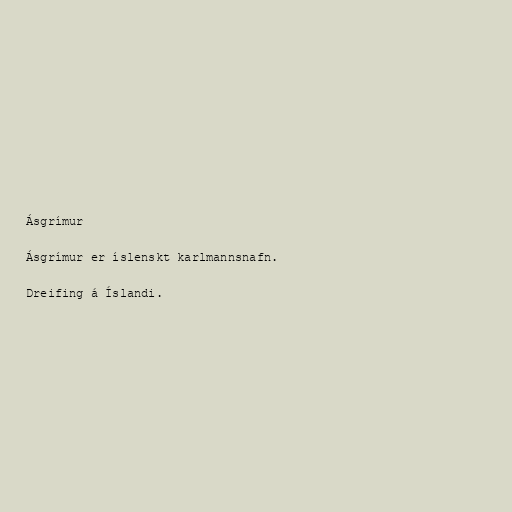
Ásgrímur

Ásgrímur er íslenskt karlmannsnafn.

Dreifing á Íslandi.